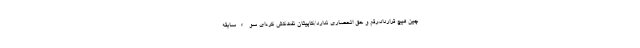
چین هیچ قرارداد،رقم و حق انحصاری ندارد/کاپیتان نفت‌کش کره‌ای سوءسابقه